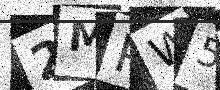
Text: 2MPW50